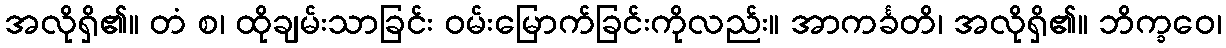
အလိုရှိ၏။ တံ စ၊ ထိုချမ်းသာခြင်း ဝမ်းမြောက်ခြင်းကိုလည်း။ အာကင်္ခတိ၊ အလိုရှိ၏။ ဘိက္ခဝေ၊